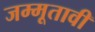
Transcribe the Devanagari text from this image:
जम्मूतावी